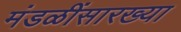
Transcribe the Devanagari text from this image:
मंडळींसारख्या